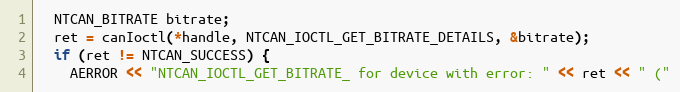
Language: C++
  NTCAN_BITRATE bitrate;
  ret = canIoctl(*handle, NTCAN_IOCTL_GET_BITRATE_DETAILS, &bitrate);
  if (ret != NTCAN_SUCCESS) {
    AERROR << "NTCAN_IOCTL_GET_BITRATE_ for device with error: " << ret << " ("